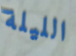
الليلة